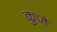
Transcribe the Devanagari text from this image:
कुजे